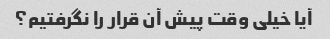
آیا خیلی وقت پیش آن قرار را نگرفتیم؟